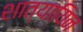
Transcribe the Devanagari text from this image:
शात्यायिन